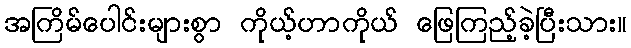
အကြိမ်ပေါင်းများစွာ ကိုယ့်ဟာကိုယ် ဖြေကြည့်ခဲ့ပြီးသား။